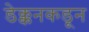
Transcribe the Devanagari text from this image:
डेक्कनकडून